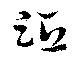
距